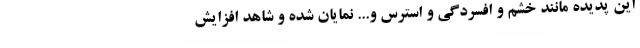
این پدیده مانند خشم و افسردگی و استرس و... نمایان شده و شاهد افزایش